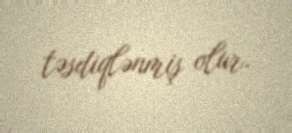
təsdiqlənmiş olur.